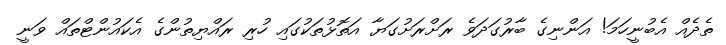
ތެދެއް އެބުނީހަމަ! އަންނިގެ ބާރުގަދަވެ ރަށްރަށުގަޔާ އަތޮޅުތަކުގައި ހުރި ރައްޔިތުންގެ އެކައުންޓްތައް ވަނީ